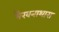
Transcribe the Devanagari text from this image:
भैरवनाथास